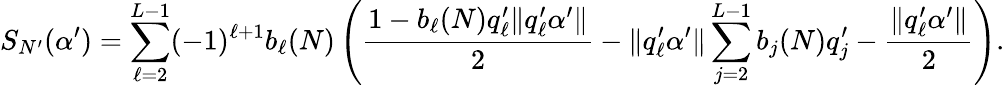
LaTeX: S_{N^{\prime}}(\alpha^{\prime})=\sum_{\ell=2}^{L-1}(-1)^{\ell+1}b_{\ell}(N)\left(\frac{1-b_{\ell}(N)q_{\ell}^{\prime}\| q_{\ell}^{\prime}\alpha^{\prime}\| }{2}-\| q_{\ell}^{\prime}\alpha^{\prime}\| \sum_{j=2}^{L-1}b_{j}(N)q_{j}^{\prime}-\frac{\| q_{\ell}^{\prime}\alpha^{\prime}\| }{2}\right).